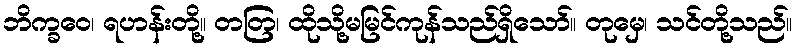
ဘိက္ခဝေ၊ ရဟန်းတို့။ တတြ၊ ထိုသို့မမြင်ကုန်သည်ရှိသော်။ တုမှေ၊ သင်တို့သည်။